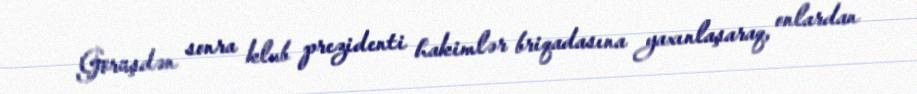
Görüşdən sonra klub prezidenti hakimlər briqadasına yaxınlaşaraq, onlardan